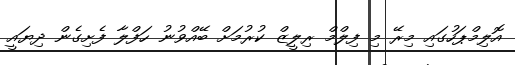
އޮލިމްޕަހުގައި މިރޭ މި ފިލްމް ރިލީޒް ކުރުމަށް ބޭއްވުނު ހަފްލާ ފެށިގެން ދިޔައީ